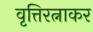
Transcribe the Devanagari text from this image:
वृत्तिरत्नाकर